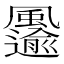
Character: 𩙋